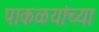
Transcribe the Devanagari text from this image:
पाकळयांच्या